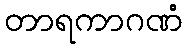
တာရကာဂဏံ